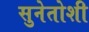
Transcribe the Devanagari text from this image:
सुनेतोशी